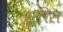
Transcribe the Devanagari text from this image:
श्रुतीस